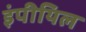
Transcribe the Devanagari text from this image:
इंपीयिल